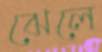
ঝেলে